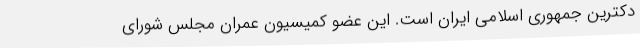
دکترین جمهوری اسلامی ایران است. این عضو کمیسیون عمران مجلس شورای